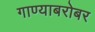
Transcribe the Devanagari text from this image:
गाण्याबरोबर